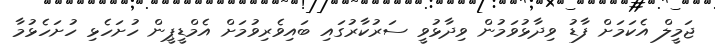
ޖަމީލް އެކަމަށް ފާޑު ވިދާޅުވަމުން ވިދާޅުވީ ސަރުކާރުގައި ބައިވެރިވުމަށް އެމްޑީޕީން ހުށަހެޅި ހުށަހެޅުމާ